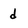
Character: d